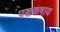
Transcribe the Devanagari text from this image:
पञ्चकषाय